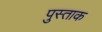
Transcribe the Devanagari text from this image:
पुस्ताक